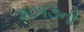
૨૦૧૭ની